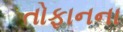
તોફાનના